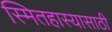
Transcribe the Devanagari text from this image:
स्मितहास्यासाठी